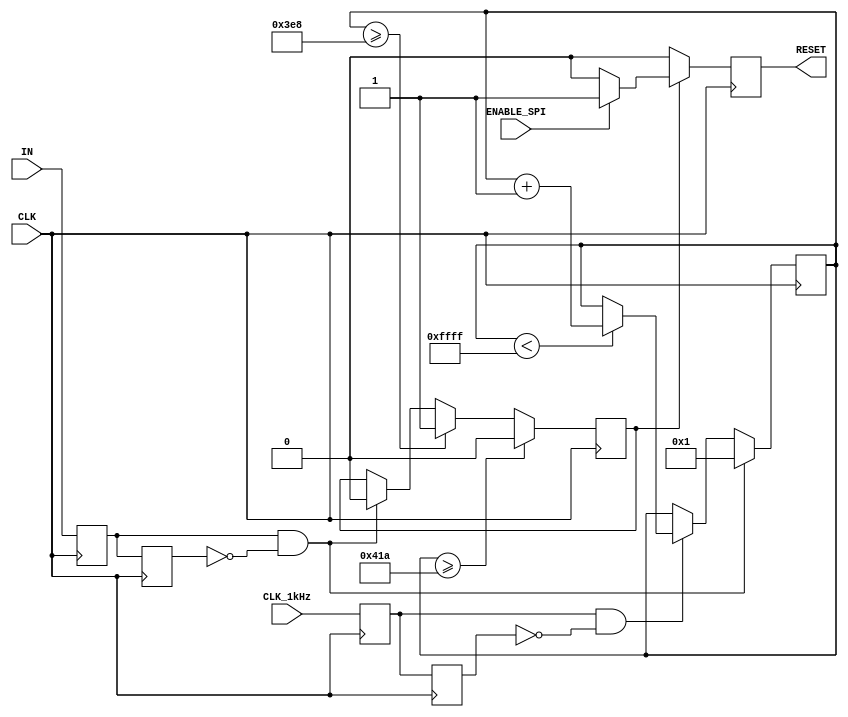
////////////////////////////////////////////////////////////////////////////////////////////
module WDT( 
	input CLK,
	input CLK_1kHz,
	input IN,
	input ENABLE_SPI,
	output reg RESET
	);
	//
	parameter DELAY_TIME = 16'd1000;
	parameter RESET_TIME = 16'd50;
	parameter ENABLE = 1'b1;
	//
	reg [15:0] counter;
	reg [0:0] status;
	//
	reg hri1; reg hri2; reg hri3; reg hri4;
	//
	wire 	imp1kHz;
	//wire 	imp1Hz_n;
	wire 	impIn;
	//wire 	impUc_n;	
	//
	assign	imp1kHz = (hri1 && !hri2);
	//assign	imp1kHz_n = (!hri1 && hri2);
	assign	impIn = (hri3 && !hri4);
	//assign	impIn_n = (!hri3 && hri4);
	//
	initial
	begin
		RESET <= 0;
		//
		counter <= 0;
		status <= 0;
		//
		hri1 <= 0; hri2 <= 0; hri3 <= 0; hri4 <= 0;	
	end
	//
	always	@(posedge CLK)
	begin
	hri1 <= CLK_1kHz;
	hri2 <= hri1;	
	hri3 <= IN;
	hri4 <= hri3;	
	//
	if (imp1kHz) 
		begin
		if (counter < 65535) counter <= counter + 1;
		end
	//
	if (impIn) 
		begin
		counter <= 1;
		status <= 0;
		end
	//
	if (counter >= DELAY_TIME) 
		begin
		status <= 1;
		end
	//
	if (counter >= (DELAY_TIME + RESET_TIME)) 
		begin
		status <= 0;
		end
	//
	if (status == 0) 
		begin
		RESET <= 0;
		end
	//
	if (status == 1)
		begin
		if (ENABLE && ENABLE_SPI) RESET <= 1;
		else RESET <= 0;
		end
	//	
	end
endmodule
////////////////////////////////////////////////////////////////////////////////////////////